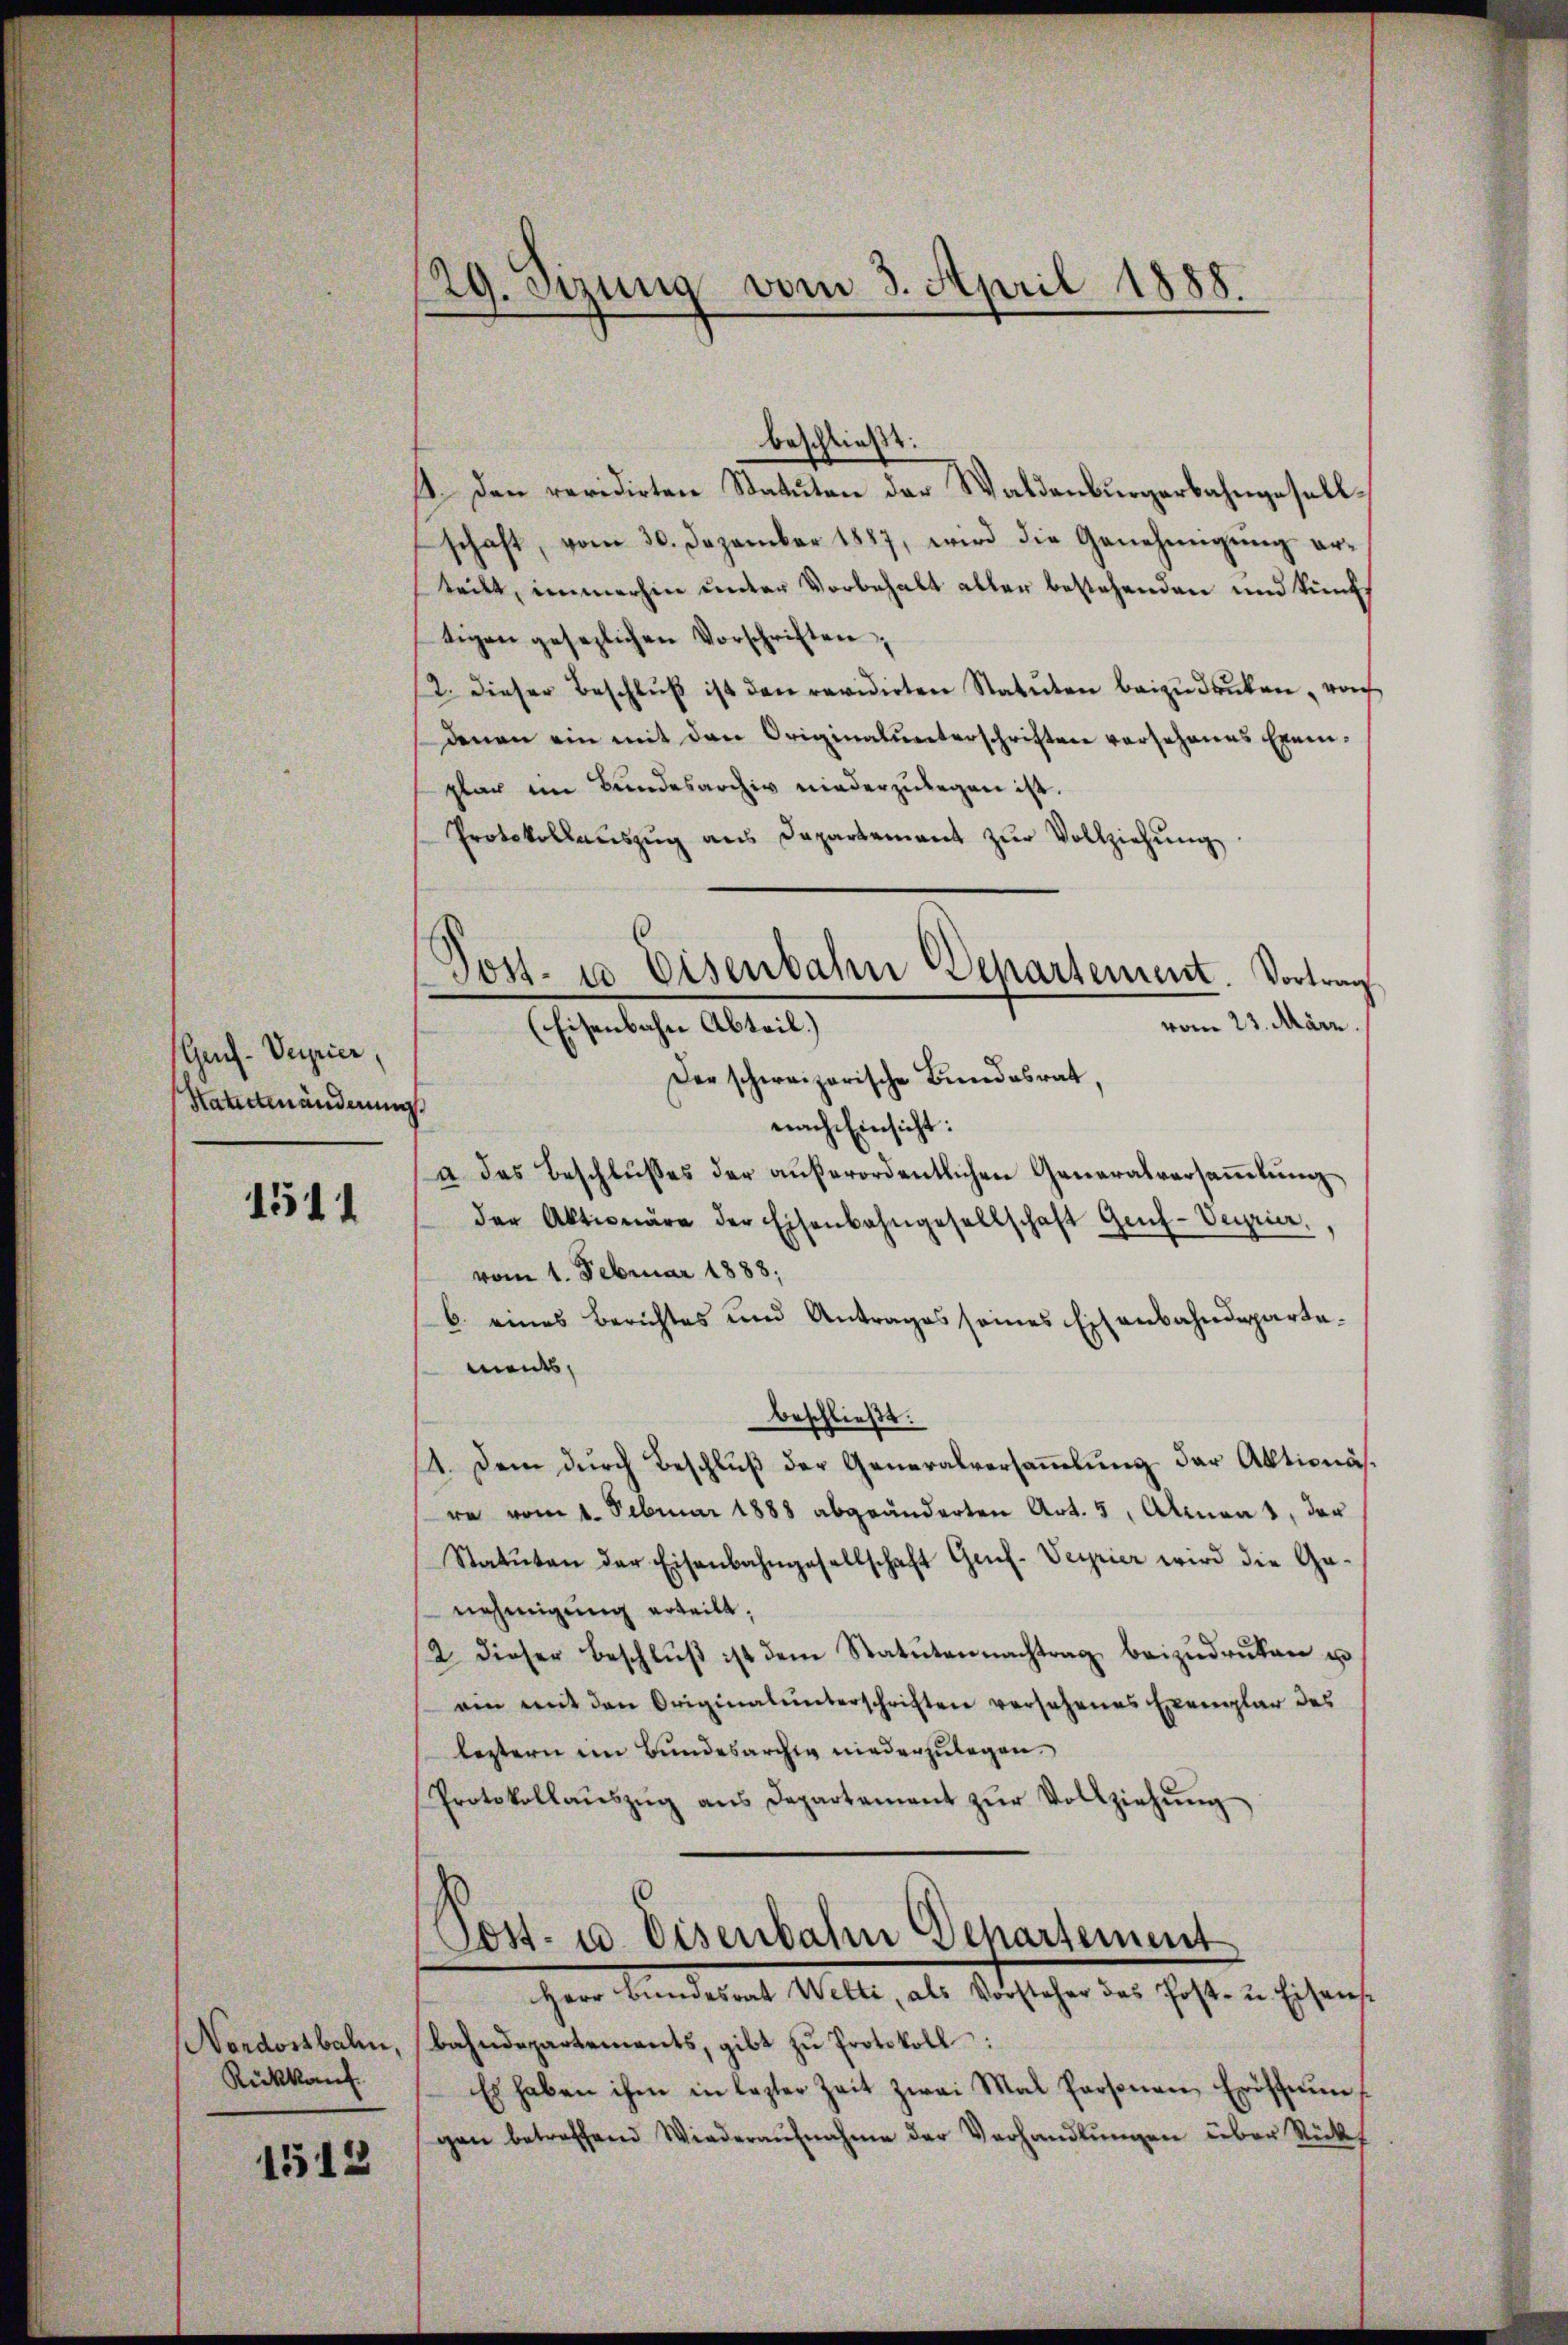
Geuf-Veprier,
Hardmänderung

1511

Nordostbahn,
Rückkauf

1512

29. Sitzung vom 3. April 1888.

beschließt:
. Den revidirten Statuten der Waldenburgerbahngesellschaft, vom 30. Dezember 1887, wird die Genehmigŭng er-
teilt, immerhin unter Vorbehalt aller bestehenden und künftigen gesezlichen Vorschriften;
2. dieser Beschlŭβ ist den revidirten Statuten beizudrucken, noch
denen ein mit den Originalunterschriften vorschenes Exemplar im Bundesarchiv niederzulegen ist.
Protokollauszug aus Departement zŭr Vollziehung
vom 23. März.
Der schweizerische Bundesrat,
1
nach Einsicht:
a das Beschlŭsses der aŭβerordentlichen Generalversaṁlŭng
der Aktionäre der Eisenbahngesellschaft Genf-Verrier,
vom 1. Februar 1888,
b. eines Berichtes und Antrages seines Eisenbahndepartements,
beschließt:
4. Dem durch Beschluß der Generalversammlung der Aktionäsre vom 1. Februar 1888 abgeänderten Art. 5, Alment, der
Statuten der Eisenbahngesellschaft Genf. Verrier wird die Ge-
nehmigung erteilt.
2. dieser Beschlŭβ ist dem Statutennachtrag beizŭdrüken u
ein mit den Originalunterschriften versehenes Exemplar des
leztern im Bundesarchiv niederzulegen.
Protokollaŭszŭg ans Departement zŭr Vollziehŭng

Post- u. Eisenbahn Departement. Vortrag
(Eisenbahn Abteil.)

Cost- u. Eisenbahn Departement
Herr Bŭndesrat Welti, als Vorsteher das Post- u. Eisens.

bahndepartements, gibt zŭ Protokoll:
Es haben ihm in lezter Zeit zwei Mal Personen Eröffnun
gen betreffend Wiederaŭfnahme der Verhandlŭngen über Stückel